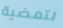
لتمضية